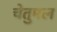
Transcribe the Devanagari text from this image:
चेतुमल